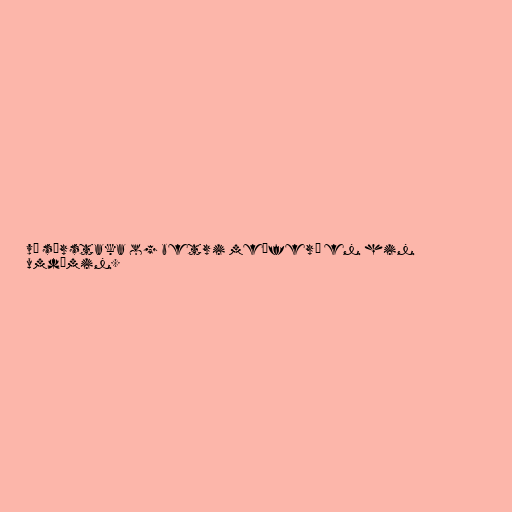
ví sérstaka og betri meðferð en hin
umdæmin.